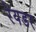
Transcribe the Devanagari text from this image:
रेयडर